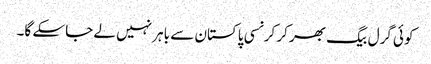
کوئی گرل بیگ بھر کر کرنسی پاکستان سے باہر نہیں لے جاسکے گا۔